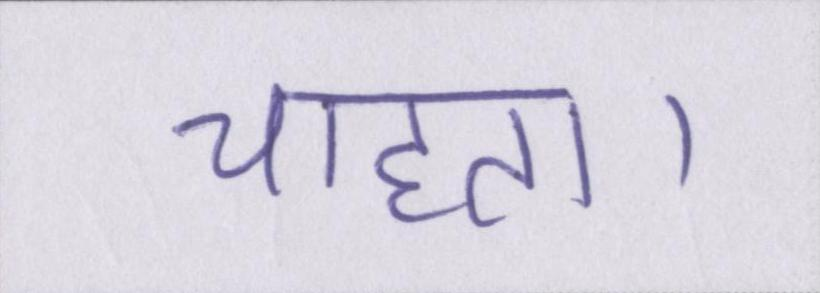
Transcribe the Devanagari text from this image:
चाहता।